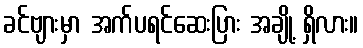
ခင်ဗျားမှာ အက်ပရင်ဆေးပြား အချို့ ရှိလား။